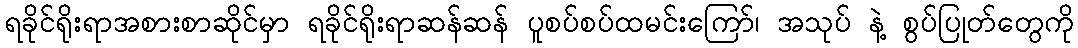
ရခိုင်ရိုးရာအစားစာဆိုင်မှာ ရခိုင်ရိုးရာဆန်ဆန် ပူစပ်စပ်ထမင်းကြော်၊ အသုပ် နဲ့ စွပ်ပြုတ်တွေကို